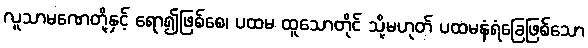
လူသာမဏေတို့နှင့် ရော၍ဖြစ်စေ၊ ပထမ ထူသောတိုင် သို့မဟုတ် ပထမနံရံခြေဖြစ်သော